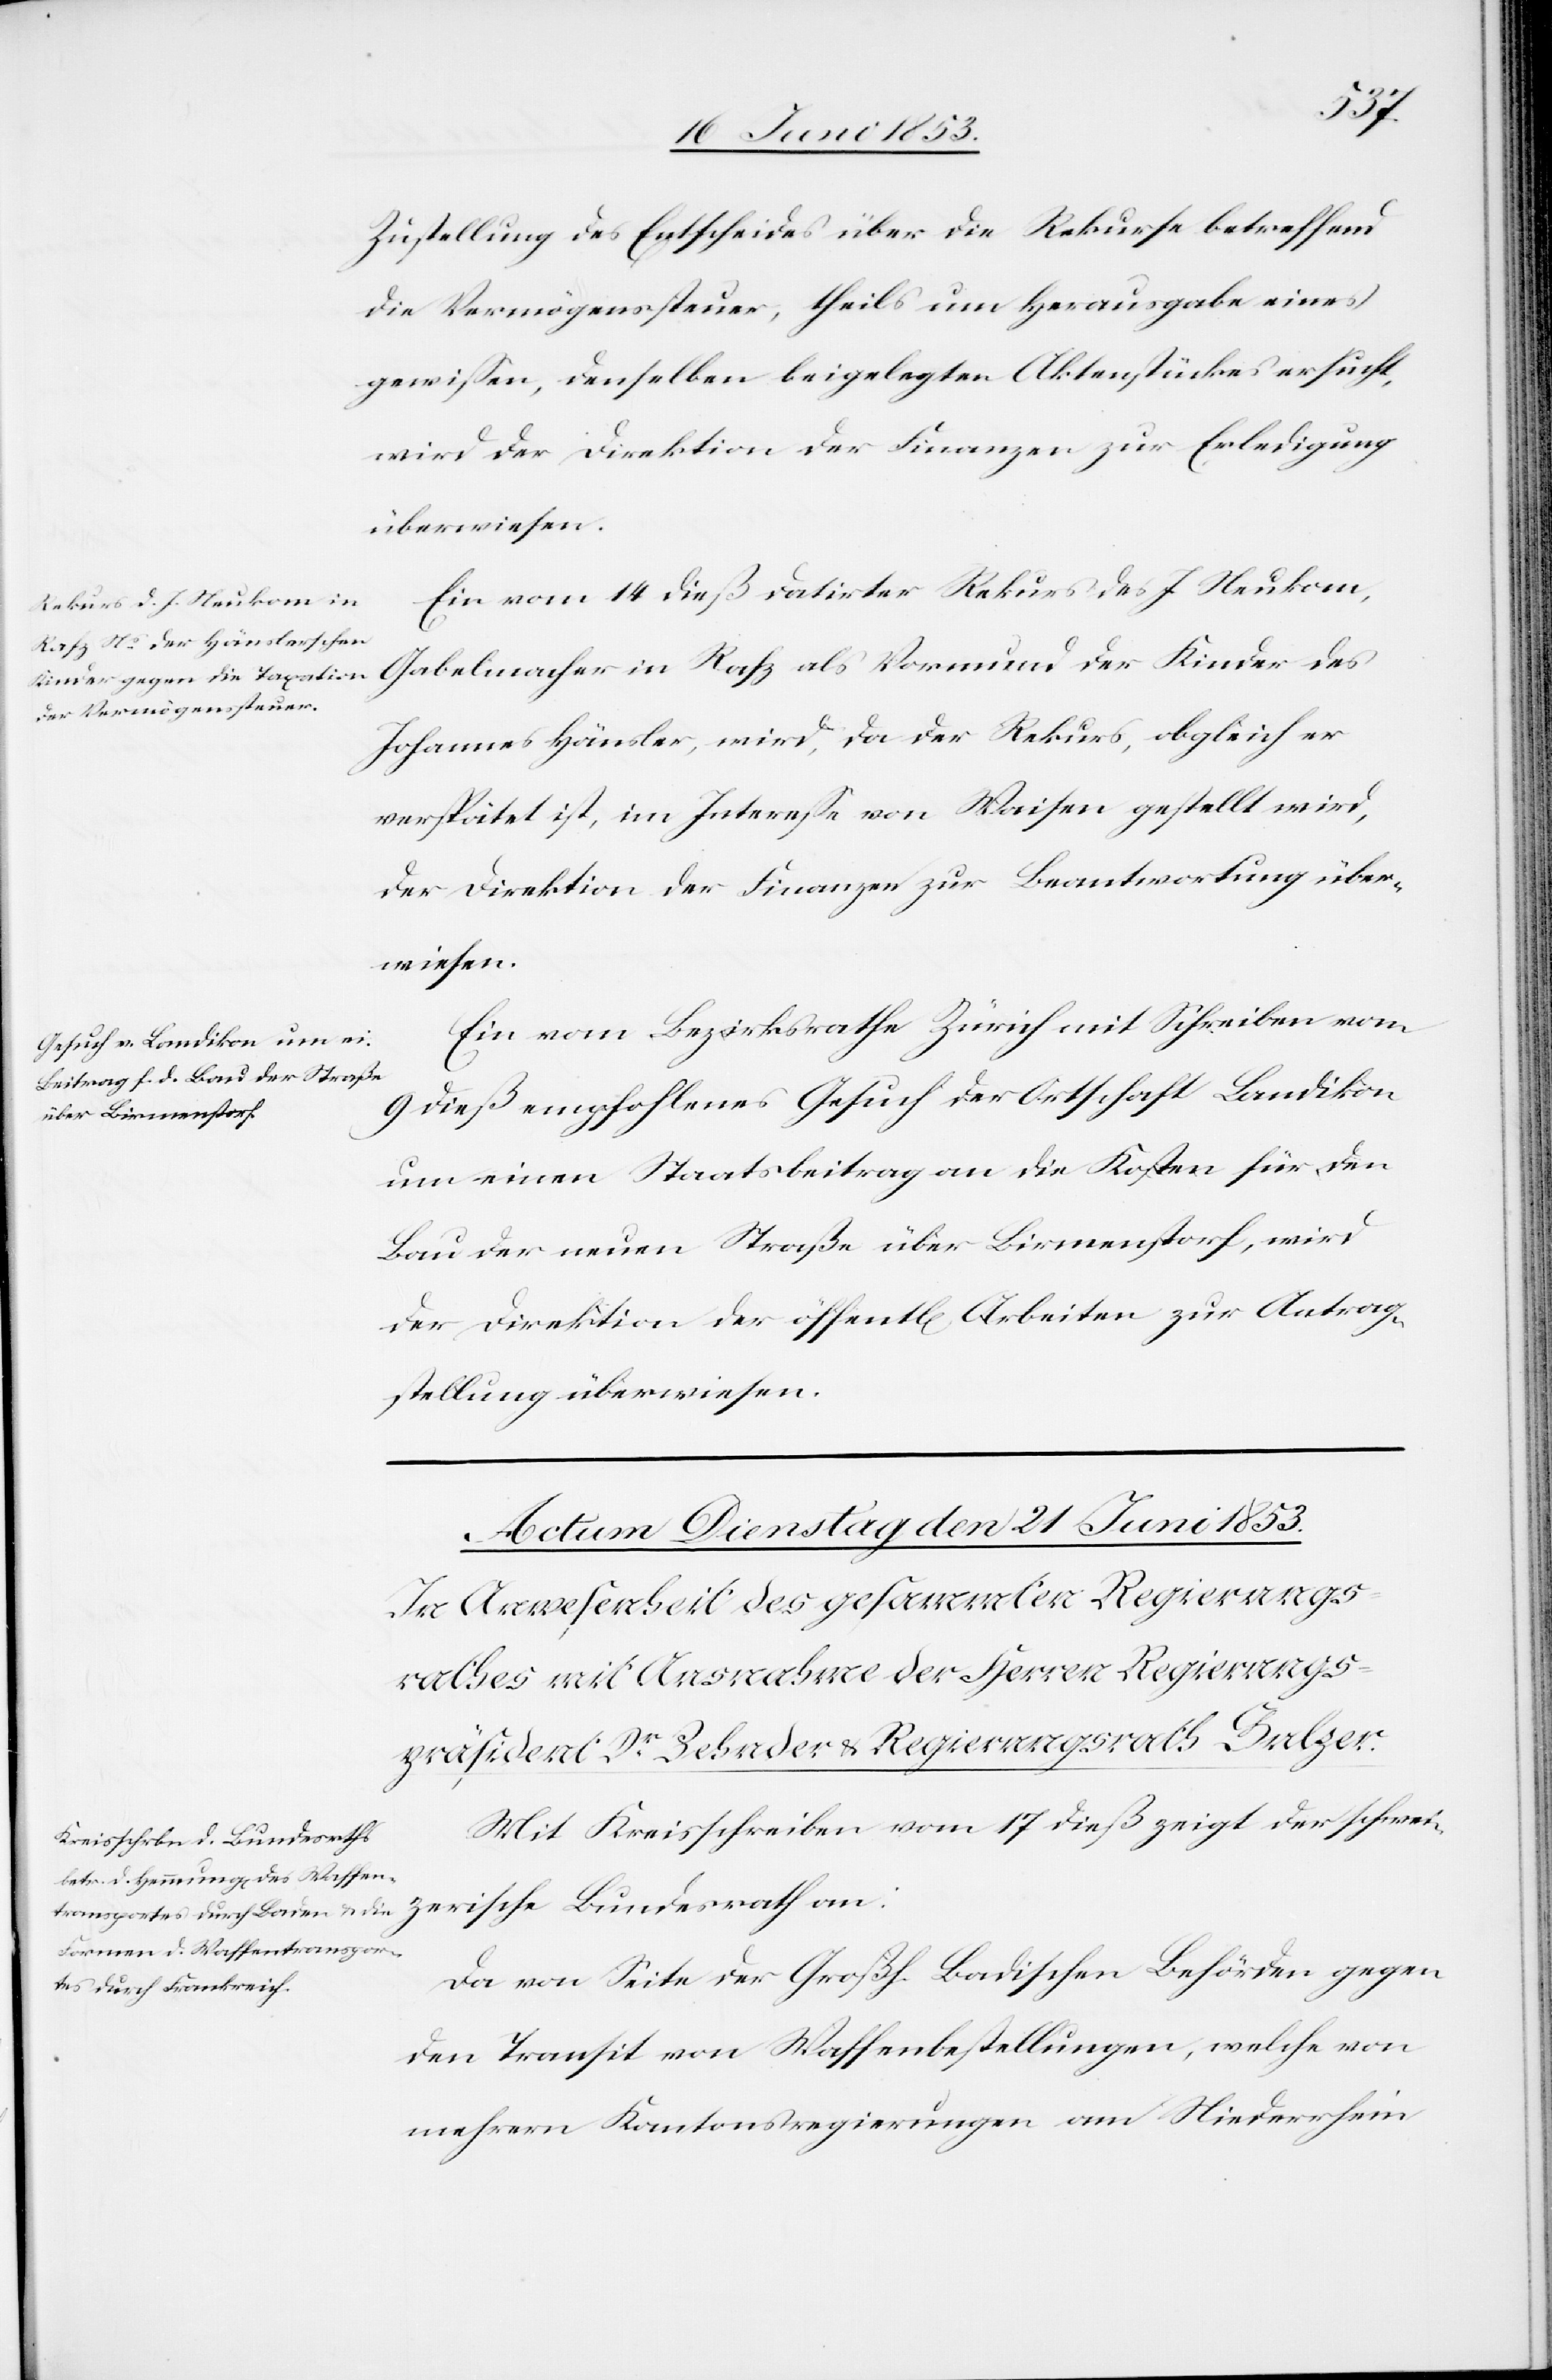
1853.]
Zustellung des Entscheides über die Rekurse betreffend
die Vermögenssteuer, theils um Herausgabe eines
gewißen, denselben beigelegte Aktenstückes ersucht,
wird der Direktion der Finanzen zur Erledigung
überwiesen.
Ein vom 14 dieß datirter Rekurs des J. Neukom,
Gabelmacher in Rafz als Vormund des Johannes
verspätet ist, im Intereße von Waisen gestellt wird,
der Direktion der Finanzen zur Beantwortung über¬
wiesen.
Ein vom Bezirksrathe Zürich mit Schreiben vom
9 dieß empfohlenes Gesuch der Ortschaft Landikon
um einen Staatsbeitrag an die Kosten für den
Bau der neuen Straße über Birmenstorf, wird
der Direktion der öffentl[ichen] Arbeiten zur Antrag¬
sstellung überwiesen.
Mit Kreisschreiben vom 17 dieß zeigt der schwei¬
zerische Bundesrath an:
Da von Seite der Großh. Badischen Behörden gegen
den Transit von Waffenbestellungen, welche von
mehrern Kantonsregierungen am Niederrhein